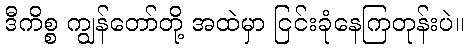
ဒီကိစ္စ ကျွန်တော်တို့ အထဲမှာ ငြင်းခုံနေကြတုန်းပဲ။